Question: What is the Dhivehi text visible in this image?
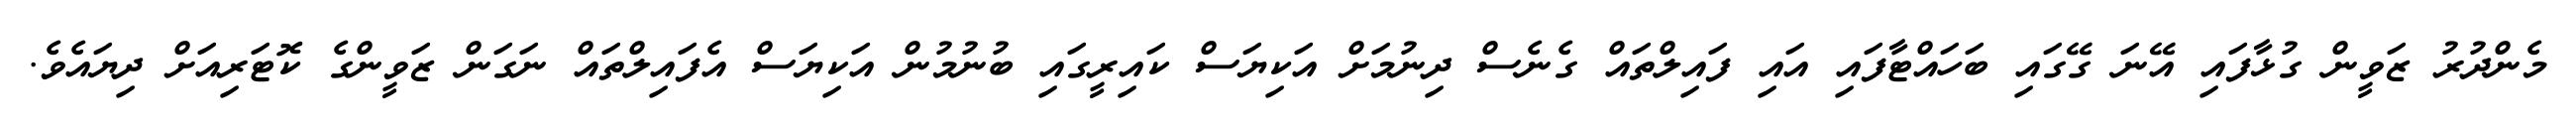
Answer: މެންދުރު ޒަވީން ގުޅާފައި އޭނަ ގޭގައި ބަހައްޓާފައި އައި ފައިލްތައް ގެނެސް ދިނުމަށް އަކިޔަސް ކައިރީގައި ބުނުމުން އަކިޔަސް އެފައިލްތައް ނަގަން ޒަވީންގެ ކޮޓަރިއަށް ދިޔައެވެ.